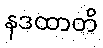
နဒထာတိ